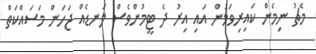
މެޗު ނިމެން ކައިރިވަމުން އައި އިރު ދެ ޓީމުންވެސް ލަނޑެއް ޖަހަން މަސައްކަތް